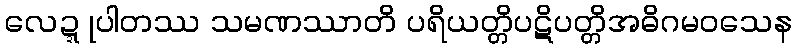
လေဍ္ဍုပါတဿ သမဏဿာတိ ပရိယတ္တိပဋိပတ္တိအဓိဂမဝသေန